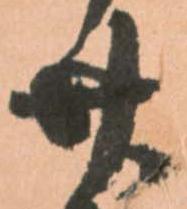
廿